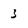
Character: 3